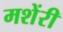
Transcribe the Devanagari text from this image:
मशेंरी